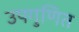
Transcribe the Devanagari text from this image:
उपगुणित